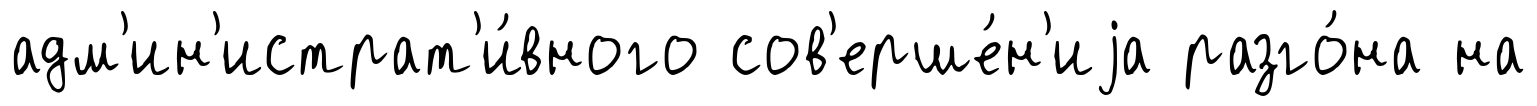
адм'ин'истрат'и́вного сов'ерше́н'иjа разго́на на